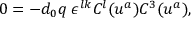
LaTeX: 0 = - d _ { 0 } q \; \epsilon ^ { l k } C ^ { l } ( u ^ { a } ) C ^ { 3 } ( u ^ { a } ) ,